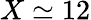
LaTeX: X\simeq 12